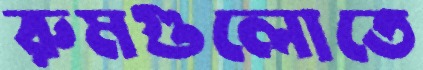
রুমগুলোতে